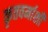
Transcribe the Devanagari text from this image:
कृतवर्माशी